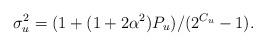
LaTeX: \begin{align*}\sigma_{u}^{2}=(1+(1+2\alpha^{2})P_{u})/(2^{C_{u}}-1).\end{align*}